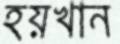
হয়খান